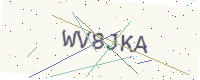
Text: WV8JKA